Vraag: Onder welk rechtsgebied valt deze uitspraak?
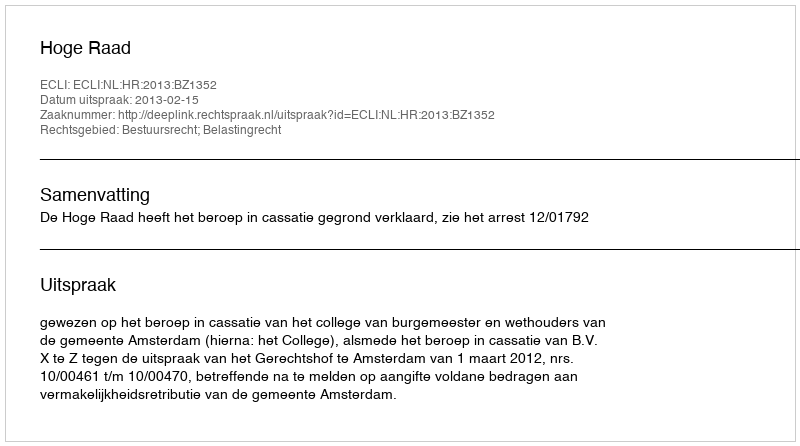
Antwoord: Bestuursrecht; Belastingrecht